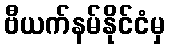
ဗီယက်နမ်နိုင်ငံမှ